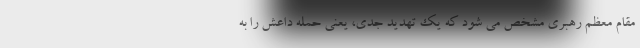
مقام معظم رهبری مشخص می شود که یک تهدید جدی، یعنی حمله داعش را به